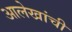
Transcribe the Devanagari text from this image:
आलेखांची